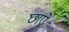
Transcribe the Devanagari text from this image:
छाऐ